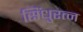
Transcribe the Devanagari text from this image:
सिंधुरत्‍न